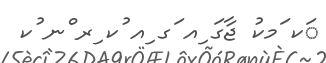
ަކ ަމކު ޖާގަ ިއ ަގ ިއ ުކ ިރ ްނ ުކ